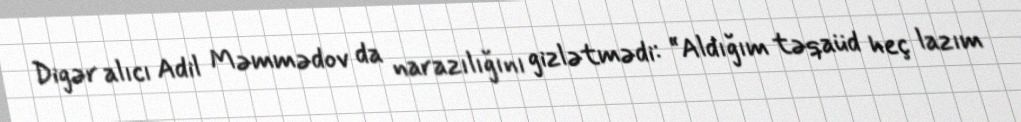
Digər alıcı Adil Məmmədov da narazılığını gizlətmədi: “Aldığım təqaüd heç lazım